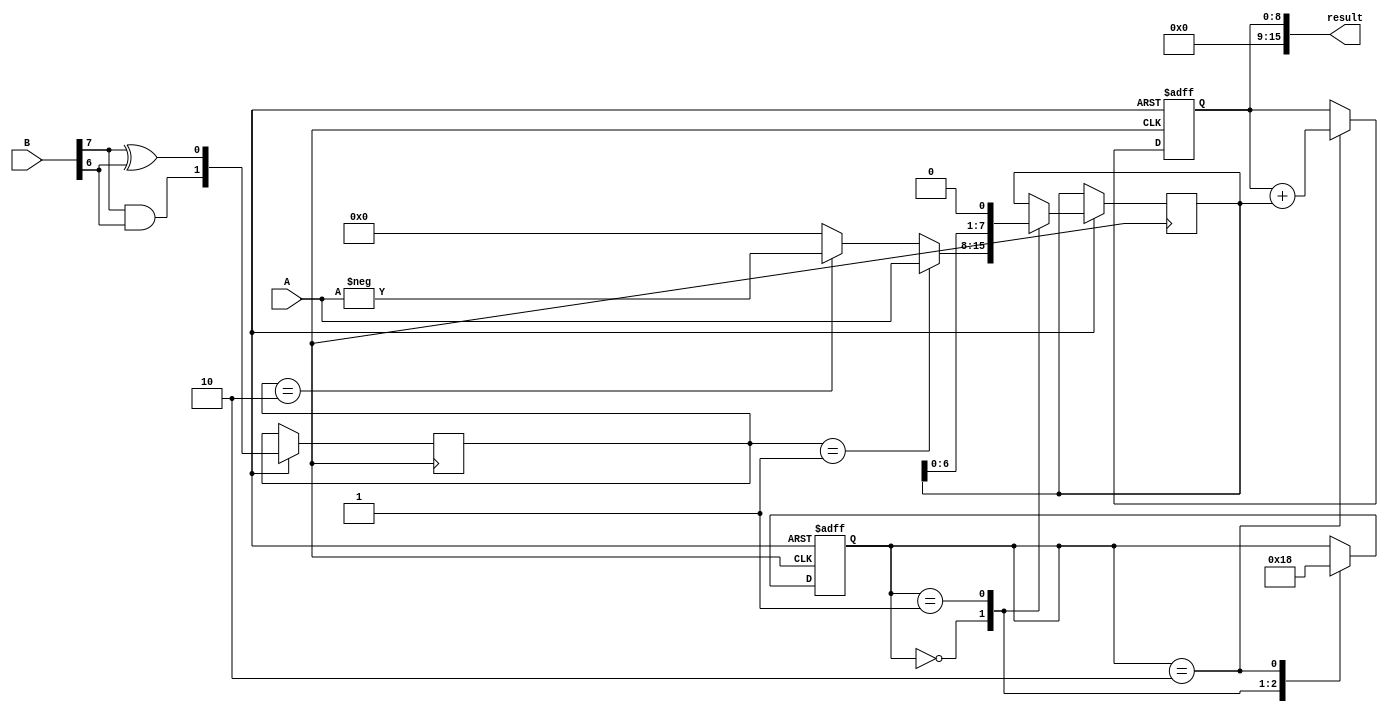
module sequential_booth_multiplier (
    input [7:0] A,
    input [7:0] B,
    output reg [15:0] result
);

reg [7:0] partial_product;
reg [8:0] accumulator;
reg [1:0] count;
reg [1:0] booth_encoding;

always @(posedge clock or negedge reset) begin
    if (reset == 1'b0) begin
        accumulator <= 9'b0;
        count <= 2'b0;
    end else begin
        booth_encoding[1] <= B[7] & B[6];
        booth_encoding[0] <= B[7] ^ B[6];
        
        case (count)
            2'b00: begin
                partial_product <= 8'b0;
                if (booth_encoding == 2'b01) begin
                    partial_product <= A;
                end else if (booth_encoding == 2'b10) begin
                    partial_product <= -A;
                end 
                count <= 2'b01;
            end
            2'b01: begin
                partial_product <= partial_product << 1;
                count <= 2'b10;
            end
            2'b10: begin
                accumulator <= accumulator + partial_product;
                count <= 2'b00;
            end
        endcase
    end
end

assign result = accumulator;

endmodule